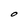
Character: O